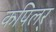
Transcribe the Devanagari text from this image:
कपिलर्